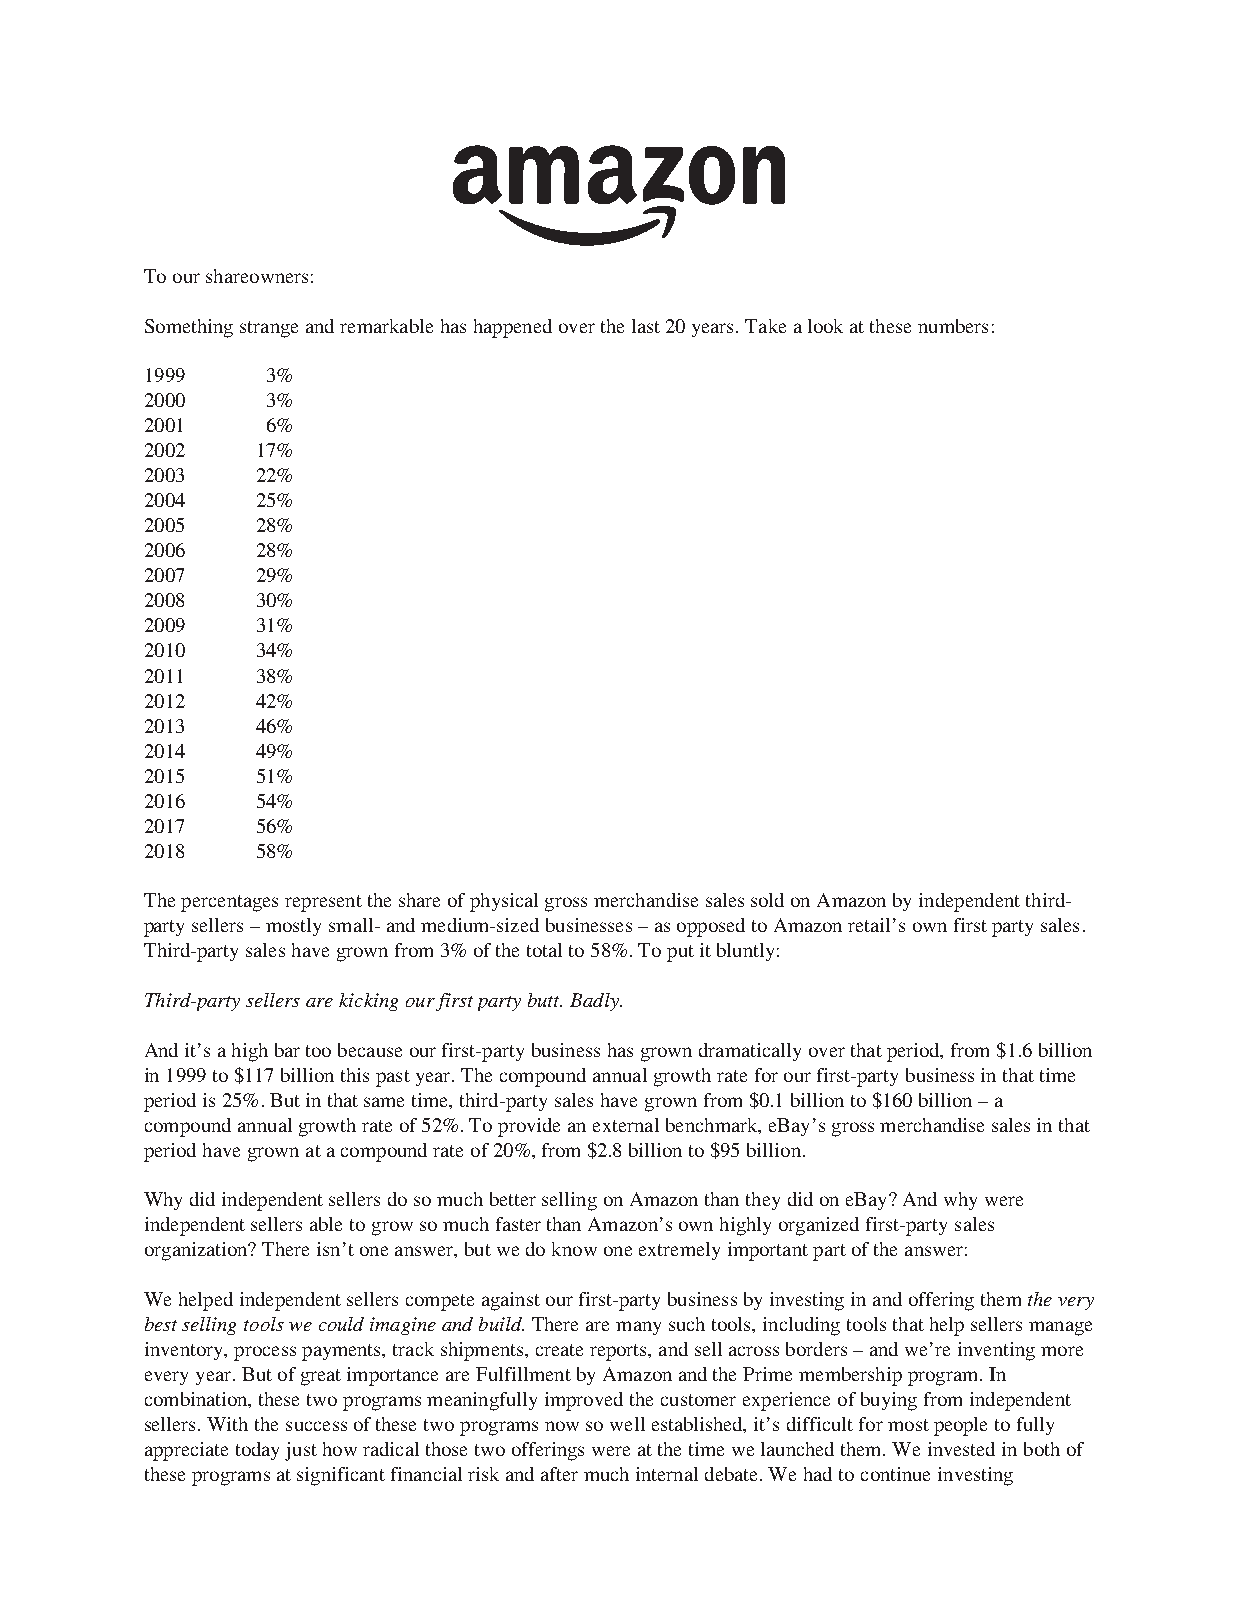
Toourshareowners:
 Somethingstrangeandremarkablehashappenedoverthelast20years.Takealookatthesenumbers:
 1999    3%
 2000    3%
 2001    6%
 2002   17%
 2003   22%
 2004   25%
 2005   28%
 2006   28%
 2007   29%
 2008   30%
 2009   31%
 2010   34%
 2011   38%
 2012   42%
 2013   46%
 2014   49%
 2015   51%
 2016   54%
 2017   56%
 2018   58%
 ThepercentagesrepresenttheshareofphysicalgrossmerchandisesalessoldonAmazonbyindependentthird-
 partysellers–mostlysmall-andmedium-sizedbusinesses–asopposedtoAmazonretail’sownfirstpartysales.
 Third-partysaleshavegrownfrom3%ofthetotalto58%.Toputitbluntly:
 Third-partysellersarekickingourfirstpartybutt.Badly.
 Andit’sahighbartoobecauseourfirst-partybusinesshasgrowndramaticallyoverthatperiod,from$1.6billion
 in1999to$117billionthispastyear.Thecompoundannualgrowthrateforourfirst-partybusinessinthattime
 periodis25%.Butinthatsametime,third-partysaleshavegrownfrom$0.1billionto$160billion–a
 compoundannualgrowthrateof52%.Toprovideanexternalbenchmark,eBay’sgrossmerchandisesalesinthat
 periodhavegrownatacompoundrateof20%,from$2.8billionto$95billion.
 WhydidindependentsellersdosomuchbettersellingonAmazonthantheydidoneBay?Andwhywere
 independentsellersabletogrowsomuchfasterthanAmazon’sownhighlyorganizedfirst-partysales
 organization?Thereisn’toneanswer,butwedoknowoneextremelyimportantpartoftheanswer:
 Wehelpedindependentsellerscompeteagainstourfirst-partybusinessbyinvestinginandofferingthemthevery
 bestsellingtoolswecouldimagineandbuild.Therearemanysuchtools,includingtoolsthathelpsellersmanage
 inventory,processpayments,trackshipments,createreports,andsellacrossborders–andwe’reinventingmore
 everyyear.ButofgreatimportanceareFulfillmentbyAmazonandthePrimemembershipprogram.In
 combination,thesetwoprogramsmeaningfullyimprovedthecustomerexperienceofbuyingfromindependent
 sellers.Withthesuccessofthesetwoprogramsnowsowellestablished,it’sdifficultformostpeopletofully
 appreciatetodayjusthowradicalthosetwoofferingswereatthetimewelaunchedthem.Weinvestedinbothof
 theseprogramsatsignificantfinancialriskandaftermuchinternaldebate.Wehadtocontinueinvesting